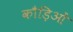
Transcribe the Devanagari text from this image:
कौड़िओं